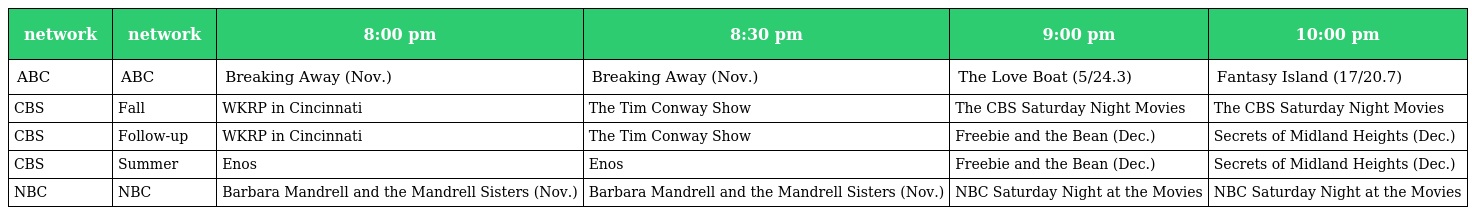
| network | network | 8:00 pm | 8:30 pm | 9:00 pm | 10:00 pm |
 | --- | --- | --- | --- | --- | --- |
 | ABC | ABC | Breaking Away (Nov.) | Breaking Away (Nov.) | The Love Boat (5/24.3) | Fantasy Island (17/20.7) |
 | CBS | Fall | WKRP in Cincinnati | The Tim Conway Show | The CBS Saturday Night Movies | The CBS Saturday Night Movies |
 | CBS | Follow-up | WKRP in Cincinnati | The Tim Conway Show | Freebie and the Bean (Dec.) | Secrets of Midland Heights (Dec.) |
 | CBS | Summer | Enos | Enos | Freebie and the Bean (Dec.) | Secrets of Midland Heights (Dec.) |
 | NBC | NBC | Barbara Mandrell and the Mandrell Sisters (Nov.) | Barbara Mandrell and the Mandrell Sisters (Nov.) | NBC Saturday Night at the Movies | NBC Saturday Night at the Movies |